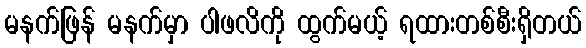
မနက်ဖြန် မနက်မှာ ပါဖလိကို ထွက်မယ့် ရထားတစ်စီးရှိတယ်